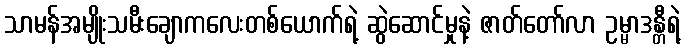
သာမန်အမျိုးသမီးချောကလေးတစ်ယောက်ရဲ့ ဆွဲဆောင်မှုနဲ့ ဇာတ်တော်လာ ဥမ္မာဒန္တီရဲ့